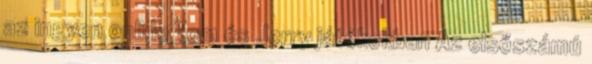
az ingyen online Tom és Jerry játékokban Az elsőszámú